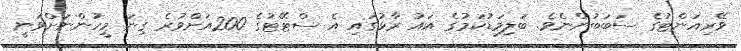
ވޭރިއަންޓުގެ ސަބަބުންނެވެ. ބަލިމަޑުކަމުގެ އައު ރާޅުގައި އެ ސްޓޭޓުގެ 200އަށްވުރެ ގިނަ މީހުންނަށްވަނީ